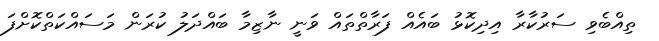
ތިއްބެވި ސަރުކާރާ އިދިކޮޅު ބައެއް ފަރާތްތައް ވަނީ ނާޒިމާ ބައްދަލު ކުރަން މަސައްކަތްކޮށްފަ